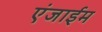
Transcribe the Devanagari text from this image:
एंजाईम